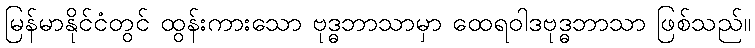
မြန်မာနိုင်ငံတွင် ထွန်းကားသော ဗုဒ္ဓဘာသာမှာ ထေရဝါဒဗုဒ္ဓဘာသာ ဖြစ်သည်။